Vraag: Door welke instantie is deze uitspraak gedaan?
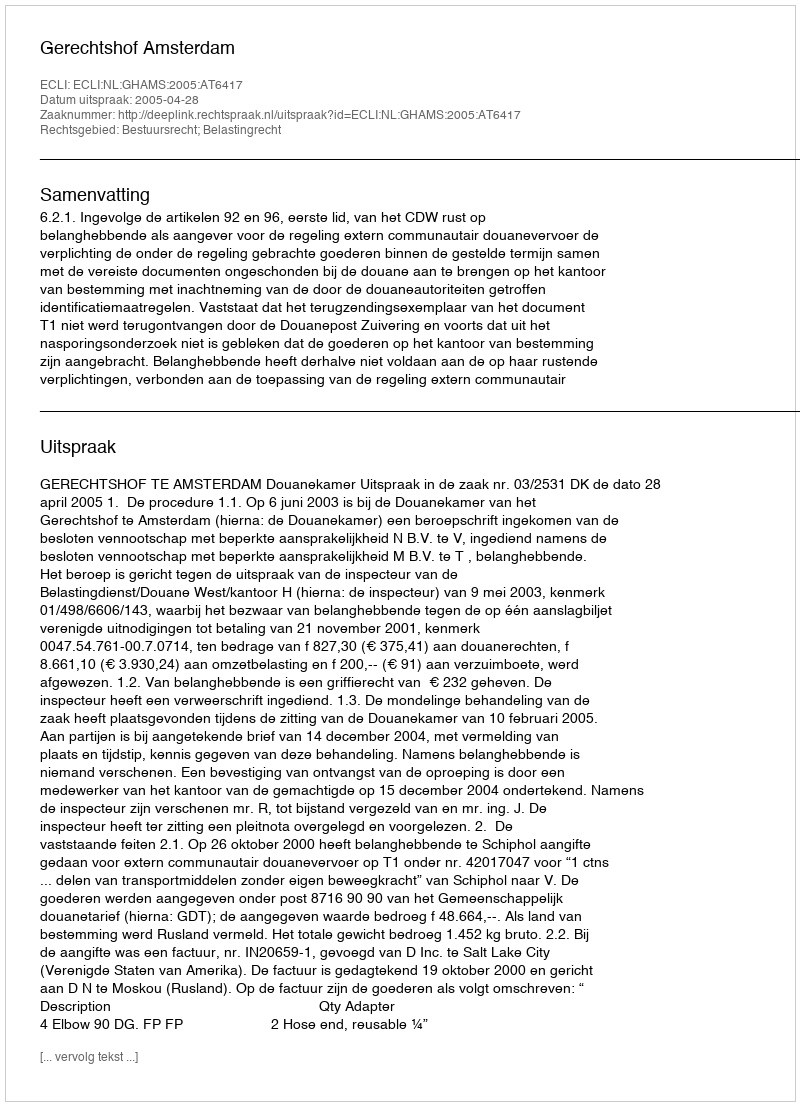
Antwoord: Gerechtshof Amsterdam